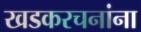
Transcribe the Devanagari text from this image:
खडकरचनांना